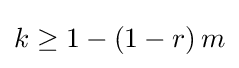
k\geq 1-\left(1-r\right)m